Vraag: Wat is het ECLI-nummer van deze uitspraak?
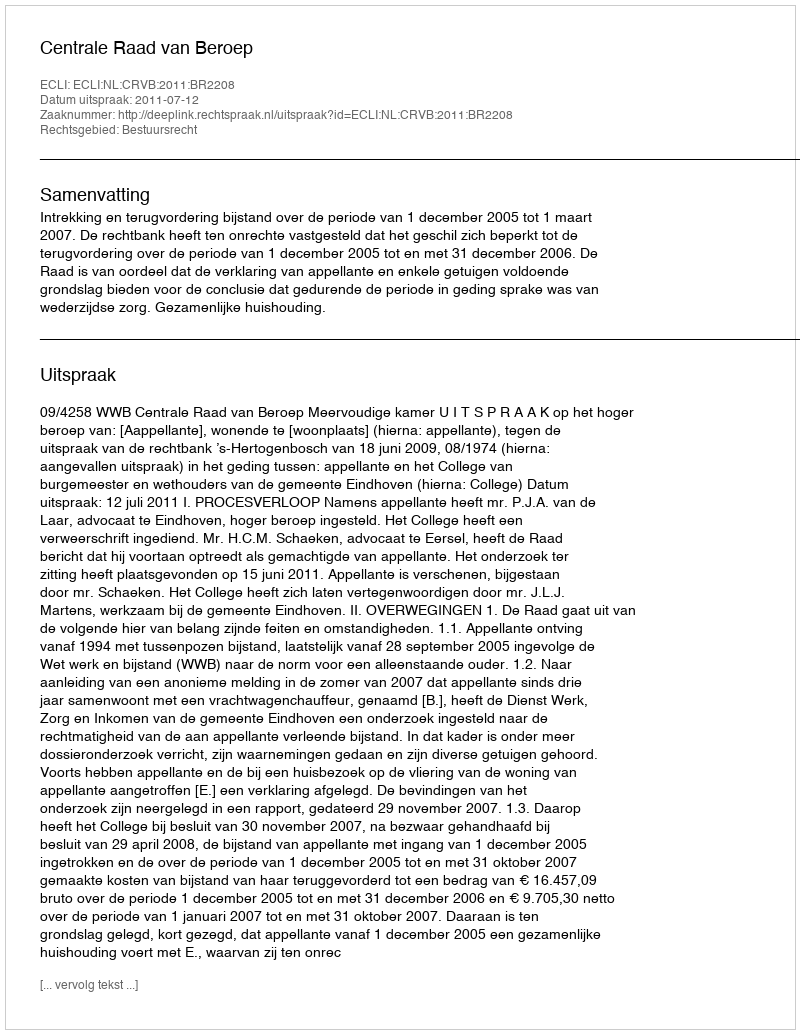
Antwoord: ECLI:NL:CRVB:2011:BR2208